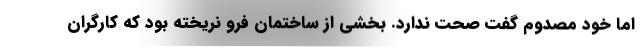
اما خود مصدوم گفت صحت ندارد. بخشی از ساختمان فرو نریخته بود که کارگران